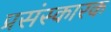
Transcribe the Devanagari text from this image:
प्रसंस्कारक